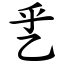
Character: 乯